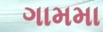
ગામમા